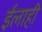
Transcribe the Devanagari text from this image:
ईलाही